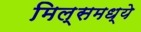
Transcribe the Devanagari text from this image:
मिल्समध्ये